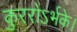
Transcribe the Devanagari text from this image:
कुररोऽर्भके।